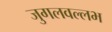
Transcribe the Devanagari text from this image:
जुगलवल्लभ